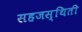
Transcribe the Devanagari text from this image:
सहजस्थिती